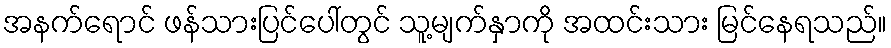
အနက်ရောင် ဖန်သားပြင်ပေါ်တွင် သူ့မျက်နှာကို အထင်းသား မြင်နေရသည်။